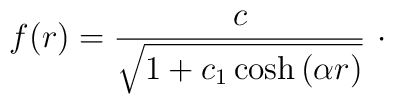
f(r)=\frac{c}{\sqrt{1+c_{1}\cosh \left( \alpha r\right) }}\ \cdot